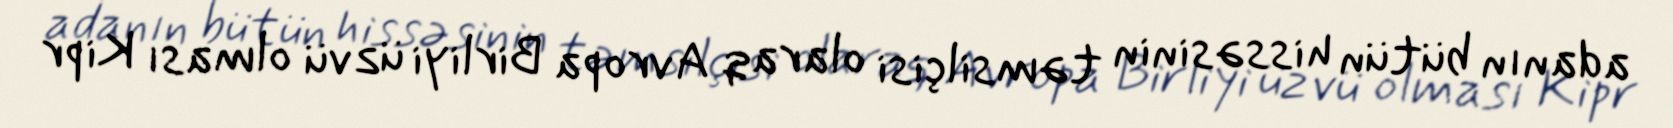
adanın bütün hissəsinin təmsilçisi olaraq Avropa Birliyi üzvü olması Kipr